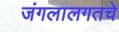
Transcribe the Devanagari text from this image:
जंगलालगतचे